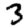
Digit: 3